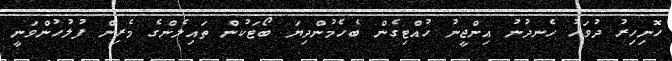
ހޮނިހިރު ދުވަހު ހެނދުނު އިންޖީނު ހުއްޓިގެން ބެހެމުންދިޔަ ބޯޓަކުން ތައިލެންގެ މެރިން ފުލުހުންވަނީ